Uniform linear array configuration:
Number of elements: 16
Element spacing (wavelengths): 1
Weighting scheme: cosine
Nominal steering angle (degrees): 45
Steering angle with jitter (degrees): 45.352
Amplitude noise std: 0.05
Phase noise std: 0.05

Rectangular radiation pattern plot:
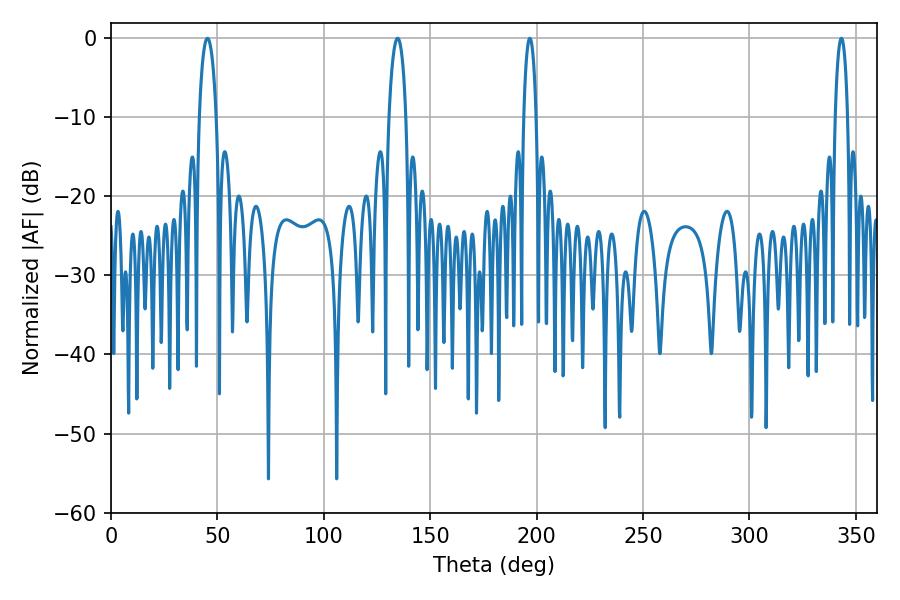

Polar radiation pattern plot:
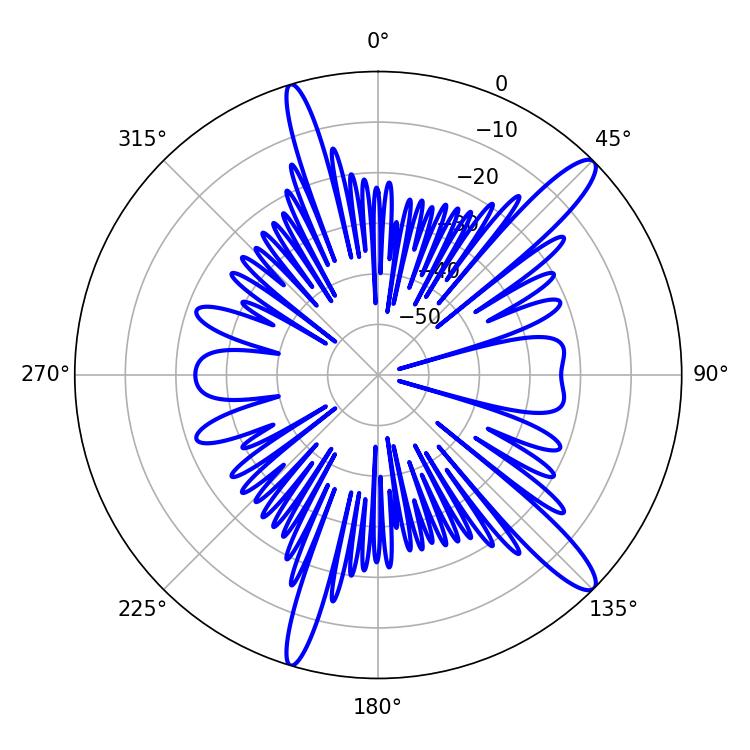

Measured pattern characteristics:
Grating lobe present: TRUE
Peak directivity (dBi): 13.555
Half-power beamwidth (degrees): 4.68
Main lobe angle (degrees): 45.36